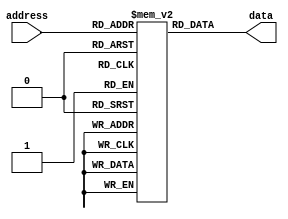

module rom_S7 (
		 input wire [6:0] address,
		output reg [6:0] data
		);

// Memory content initialization
reg [6:0] memory [127:0]; // 2^7 = 127 locations;memory[] = 7'dindexed from 0 to 127

// Initialize memory content with provided values
initial begin
memory[0] = 7'd54;
memory[1] = 7'd50;
memory[2] = 7'd62;
memory[3] = 7'd56;
memory[4] = 7'd22;
memory[5] = 7'd34;
memory[6] = 7'd94;
memory[7] = 7'd96;
memory[8] = 7'd38;
memory[9] = 7'd6;
memory[10] = 7'd63;
memory[11] = 7'd93;
memory[12] = 7'd2;
memory[13] = 7'd18;
memory[14] = 7'd123;
memory[15] = 7'd33;
memory[16] = 7'd55;
memory[17] = 7'd113;
memory[18] = 7'd39;
memory[19] = 7'd114;
memory[20] = 7'd21;
memory[21] = 7'd67;
memory[22] = 7'd65;
memory[23] = 7'd12;
memory[24] = 7'd47;
memory[25] = 7'd73;
memory[26] = 7'd46;
memory[27] = 7'd27;
memory[28] = 7'd25;
memory[29] = 7'd111;
memory[30] = 7'd124;
memory[31] = 7'd81;
memory[32] = 7'd53;
memory[33] = 7'd9;
memory[34] = 7'd121;
memory[35] = 7'd79;
memory[36] = 7'd52;
memory[37] = 7'd60;
memory[38] = 7'd58;
memory[39] = 7'd48;
memory[40] = 7'd101;
memory[41] = 7'd127;
memory[42] = 7'd40;
memory[43] = 7'd120;
memory[44] = 7'd104;
memory[45] = 7'd70;
memory[46] = 7'd71;
memory[47] = 7'd43;
memory[48] = 7'd20;
memory[49] = 7'd122;
memory[50] = 7'd72;
memory[51] = 7'd61;
memory[52] = 7'd23;
memory[53] = 7'd109;
memory[54] = 7'd13;
memory[55] = 7'd100;
memory[56] = 7'd77;
memory[57] = 7'd1;
memory[58] = 7'd16;
memory[59] = 7'd7;
memory[60] = 7'd82;
memory[61] = 7'd10;
memory[62] = 7'd105;
memory[63] = 7'd98;
memory[64] = 7'd117;
memory[65] = 7'd116;
memory[66] = 7'd76;
memory[67] = 7'd11;
memory[68] = 7'd89;
memory[69] = 7'd106;
memory[70] = 7'd0;
memory[71] = 7'd125;
memory[72] = 7'd118;
memory[73] = 7'd99;
memory[74] = 7'd86;
memory[75] = 7'd69;
memory[76] = 7'd30;
memory[77] = 7'd57;
memory[78] = 7'd126;
memory[79] = 7'd87;
memory[80] = 7'd112;
memory[81] = 7'd51;
memory[82] = 7'd17;
memory[83] = 7'd5;
memory[84] = 7'd95;
memory[85] = 7'd14;
memory[86] = 7'd90;
memory[87] = 7'd84;
memory[88] = 7'd91;
memory[89] = 7'd8;
memory[90] = 7'd35;
memory[91] = 7'd103;
memory[92] = 7'd32;
memory[93] = 7'd97;
memory[94] = 7'd28;
memory[95] = 7'd66;
memory[96] = 7'd102;
memory[97] = 7'd31;
memory[98] = 7'd26;
memory[99] = 7'd45;
memory[100] =7'd75;
memory[101] =7'd4;
memory[102] =7'd85;
memory[103] =7'd92;
memory[104] =7'd37;
memory[105] =7'd74;
memory[106] =7'd80;
memory[107] =7'd49;
memory[108] =7'd68;
memory[109] =7'd29;
memory[110] =7'd115;
memory[111] =7'd44;
memory[112] =7'd64;
memory[113] =7'd107;
memory[114] =7'd108;
memory[115] =7'd24;
memory[116] =7'd110;
memory[117] =7'd83;
memory[118] =7'd36;
memory[119] =7'd78;
memory[120] =7'd42;
memory[121] =7'd19;
memory[122] =7'd15;
memory[123] =7'd41;
memory[124] =7'd88;
memory[125] =7'd119;
memory[126] =7'd59;
memory[127] =7'd3;

end

// Read operation
always @(address) 
    data <= memory[address];


endmodule